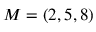
M = ( 2 , 5 , 8 )